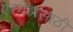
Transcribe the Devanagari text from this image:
एरवेझसाठी